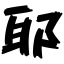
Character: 耶